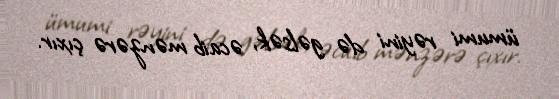
ümumi rəyini də gəlsək, əcaib mənzərə çıxır.